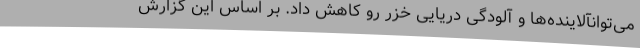
می‌توانآلاینده‌ها و آلودگی دریایی خزر رو کاهش داد. بر اساس این گزارش